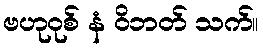
ဗဟုဝုစ် နံ ဝိဘတ် သက်။